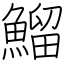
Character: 鰡